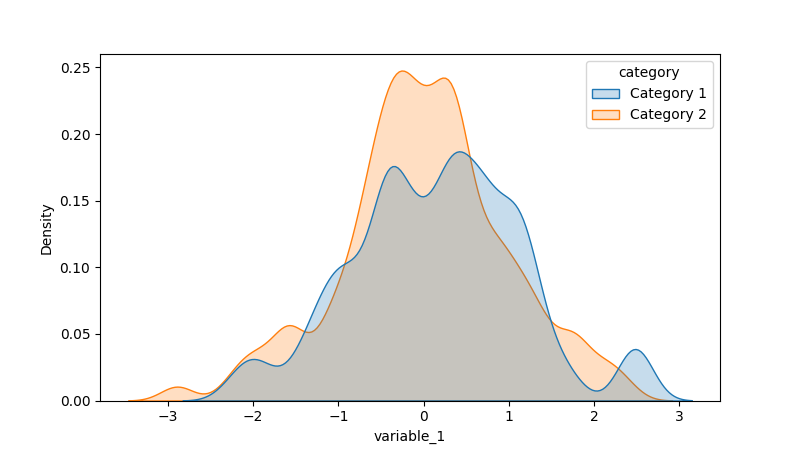
python, seaborn, kdeplot, hue='category', fill=True, bw_adjust=0.5